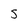
Character: s